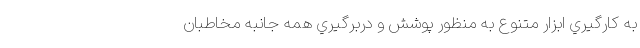
به كارگيري ابزار متنوع به منظور پوشش و دربرگيري همه جانبه مخاطبان